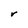
Character: r